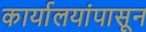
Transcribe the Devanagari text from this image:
कार्यालयांपासून